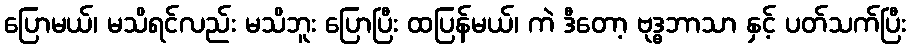
ပြောမယ်၊ မသိရင်လည်း မသိဘူး ပြောပြီး ထပြန်မယ်၊ ကဲ ဒီတော့ ဗုဒ္ဓဘာသာ နှင့် ပတ်သက်ပြီး